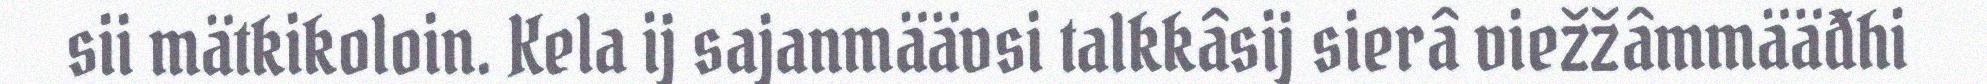
sii mätkikoloin. Kela ij sajanmäävsi talkkâsij sierâ viežžâmmääđhi